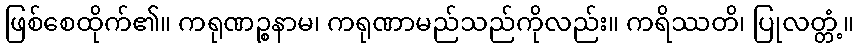
ဖြစ်စေထိုက်၏။ ကရုဏဉ္စနာမ၊ ကရုဏာမည်သည်ကိုလည်း။ ကရိဿတိ၊ ပြုလတ္တံ့။